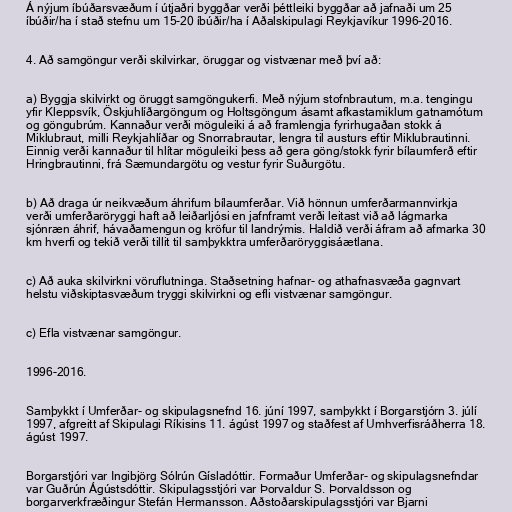
Á nýjum íbúðarsvæðum í útjaðri byggðar verði þéttleiki byggðar að jafnaði um 25
íbúðir/ha í stað stefnu um 15-20 íbúðir/ha í Aðalskipulagi Reykjavíkur 1996-2016.

4. Að samgöngur verði skilvirkar, öruggar og vistvænar með því að:

a) Byggja skilvirkt og öruggt samgöngukerfi. Með nýjum stofnbrautum, m.a. tengingu
yfir Kleppsvík, Öskjuhlíðargöngum og Holtsgöngum ásamt afkastamiklum gatnamótum
og göngubrúm. Kannaður verði möguleiki á að framlengja fyrirhugaðan stokk á
Miklubraut, milli Reykjahlíðar og Snorrabrautar, lengra til austurs eftir Miklubrautinni.
Einnig verði kannaður til hlítar möguleiki þess að gera göng/stokk fyrir bílaumferð eftir
Hringbrautinni, frá Sæmundargötu og vestur fyrir Suðurgötu.

b) Að draga úr neikvæðum áhrifum bílaumferðar. Við hönnun umferðarmannvirkja
verði umferðaröryggi haft að leiðarljósi en jafnframt verði leitast við að lágmarka
sjónræn áhrif, hávaðamengun og kröfur til landrýmis. Haldið verði áfram að afmarka 30
km hverfi og tekið verði tillit til samþykktra umferðaröryggisáætlana.

c) Að auka skilvirkni vöruflutninga. Staðsetning hafnar- og athafnasvæða gagnvart
helstu viðskiptasvæðum tryggi skilvirkni og efli vistvænar samgöngur.

c) Efla vistvænar samgöngur.

1996-2016.

Samþykkt í Umferðar- og skipulagsnefnd 16. júní 1997, samþykkt í Borgarstjórn 3. júlí
1997, afgreitt af Skipulagi Ríkisins 11. ágúst 1997 og staðfest af Umhverfisráðherra 18.
ágúst 1997.

Borgarstjóri var Ingibjörg Sólrún Gísladóttir. Formaður Umferðar- og skipulagsnefndar
var Guðrún Ágústsdóttir. Skipulagsstjóri var Þorvaldur S. Þorvaldsson og
borgarverkfræðingur Stefán Hermansson. Aðstoðarskipulagsstjóri var Bjarni